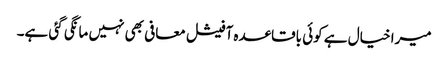
میرا خیال ہے کوئی باقاعدہ آفیشل معافی بھی نہیں مانگی گئی ہے۔